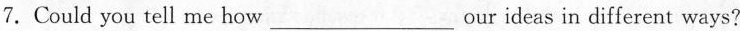
7.Could you tell me how___our ideas in different ways?